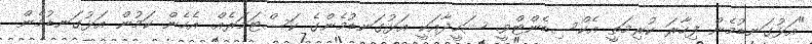
"އަޅުގަނޑުމެން ފިހާރަ ކުރިމަތީ އެކްސިޑެންޓްވީ. ޝަހީދާއަކީ އަޅުގަނޑުމެންގެ ކަސްޓަމަރެއް. އެހެން ކަމުން އަޅުގަނޑުމެން